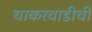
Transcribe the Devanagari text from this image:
चाकरवाडीची